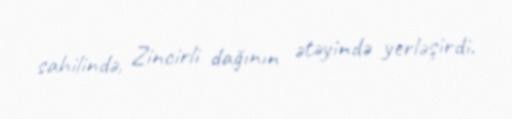
sahilində, Zincirli dağının ətəyində yerləşirdi.